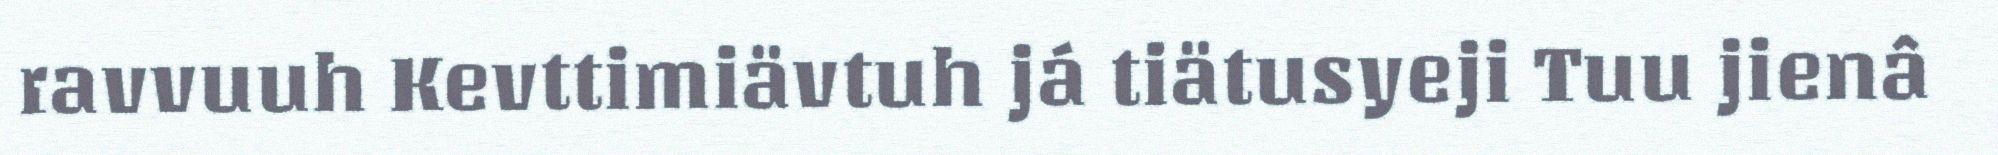
ravvuuh Kevttimiävtuh já tiätusyeji Tuu jienâ